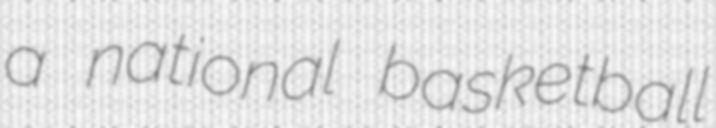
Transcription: a national basketball